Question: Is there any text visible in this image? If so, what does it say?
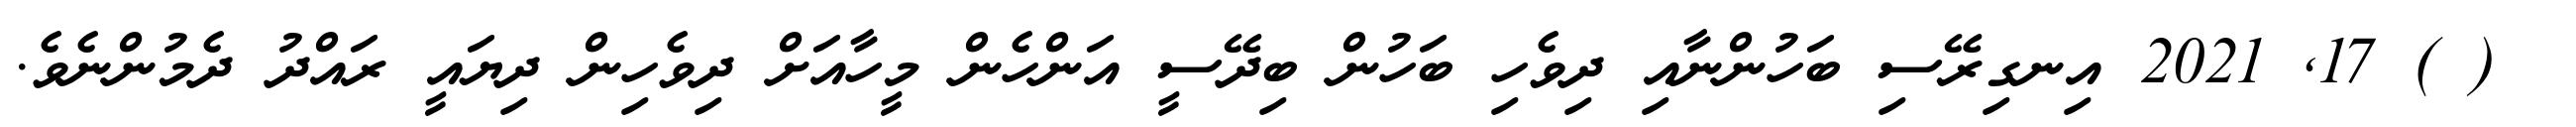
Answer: ? ( ) 17, 2021 އިނގިރޭސި ބަހުންނާއި ދިވެހި ބަހުން ބިދޭސީ އަންހެން މީހާއަށް ދިވެހިން ދިޔައީ ރައްދު ދެމުންނެވެ.